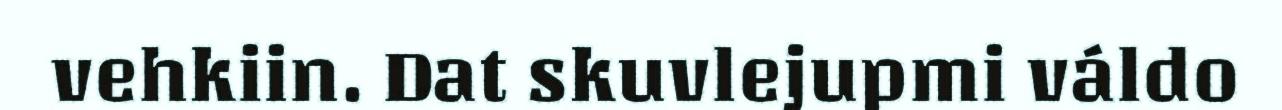
vehkiin. Dat skuvlejupmi váldo